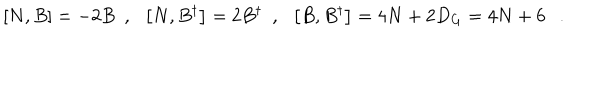
LaTeX: \left[ N , B \right] = - 2 B \ \ , \ \ \left[ N , B ^ { \dagger } \right] = 2 B ^ { \dagger } \ \ , \ \ \left[ B , B ^ { \dagger } \right] = 4 N + 2 D _ { G } = 4 N + 6 \ \ \ .